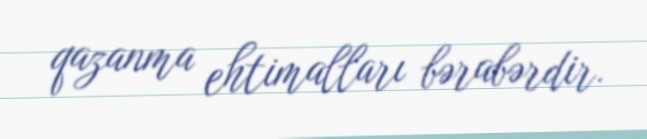
qazanma ehtimalları bərabərdir.